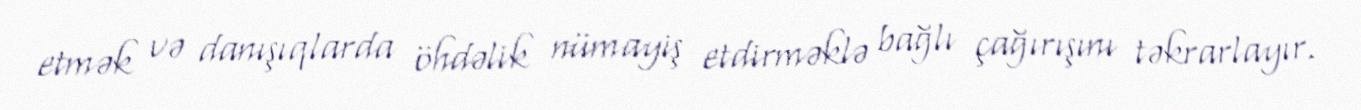
etmək və danışıqlarda öhdəlik nümayiş etdirməklə bağlı çağırışını təkrarlayır.